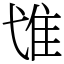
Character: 隿